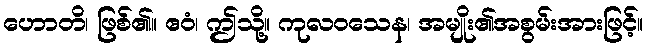
ဟောတိ၊ ဖြစ်၏။ ဧဝံ၊ ဤသို့။ ကုလဝသေန၊ အမျိုး၏အစွမ်းအားဖြင့်။